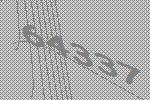
64337